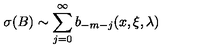
\sigma ( B ) \sim \sum _ { j = 0 } ^ { \infty } b _ { - m - j } ( x , \xi , \lambda ) \,